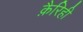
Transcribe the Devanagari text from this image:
क़ैरिही